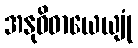
အနုဝိဓာယေယျုံ